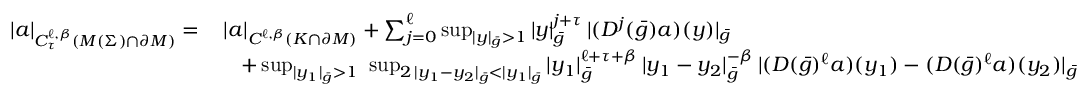
\begin{array} { r l } { | a | _ { C _ { \tau } ^ { \ell , \beta } ( M ( \Sigma ) \cap \partial M ) } = } & { \, | a | _ { C ^ { \ell , \beta } ( K \cap \partial M ) } + \sum _ { j = 0 } ^ { \ell } \operatorname* { s u p } _ { | y | _ { \bar { g } } > 1 } | y | _ { \bar { g } } ^ { j + \tau } \, | ( D ^ { j } ( \bar { g } ) a ) ( y ) | _ { \bar { g } } } \\ & { \quad + \operatorname* { s u p } _ { | y _ { 1 } | _ { \bar { g } } > 1 } \, \, \operatorname* { s u p } _ { 2 \, | y _ { 1 } - y _ { 2 } | _ { \bar { g } } < | y _ { 1 } | _ { \bar { g } } } | y _ { 1 } | _ { \bar { g } } ^ { \ell + \tau + \beta } \, | y _ { 1 } - y _ { 2 } | _ { \bar { g } } ^ { - \beta } \, | ( D ( \bar { g } ) ^ { \ell } a ) ( y _ { 1 } ) - ( D ( \bar { g } ) ^ { \ell } a ) ( y _ { 2 } ) | _ { \bar { g } } } \end{array}